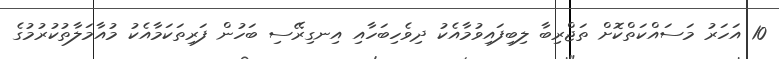
10 އަހަރު މަސައްކަތްކޮށް ތަޖްރިބާ ލިބިފައިވުމާއެކު ދިވެހިބަހާއި އިނގިރޭސި ބަހުން ފަރިތަކަމާއެކު މުއާމަލާތުކުރުމުގެ